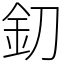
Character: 釖